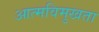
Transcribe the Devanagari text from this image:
आत्मविमुखता